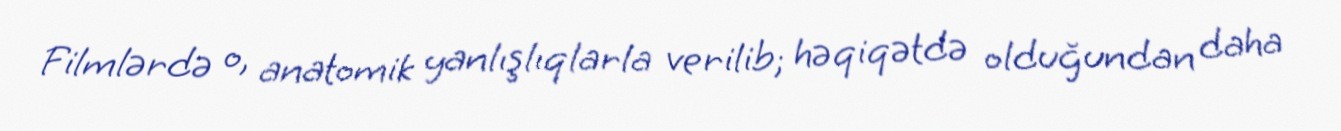
Filmlərdə o, anatomik yanlışlıqlarla verilib; həqiqətdə olduğundan daha